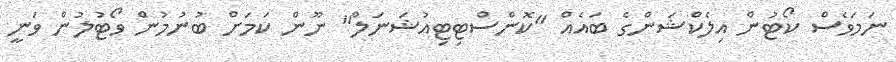
ނަމަވެސް ކޯޓުން އިލެކްޝަންގެ ބައެއް "ކޮންސްޓިޓިއުޝަނަލް" ނޫން ކަމަށް ބުނުމުން ވޯޓުލުން ވަނީ